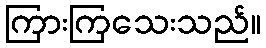
ကြားကြသေးသည်။